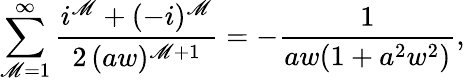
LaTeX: \sum_{\mathscr{M}=1}^{\infty}\frac{{i^{\mathscr{M}}+(-i)^{\mathscr{M}}}}{{2\, (aw)^{\mathscr{M}+1}}}=-\frac{{1}}{{aw(1+a^{2}w^{2})}},